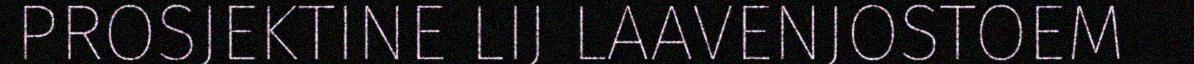
PROSJEKTINE LIJ LAAVENJOSTOEM